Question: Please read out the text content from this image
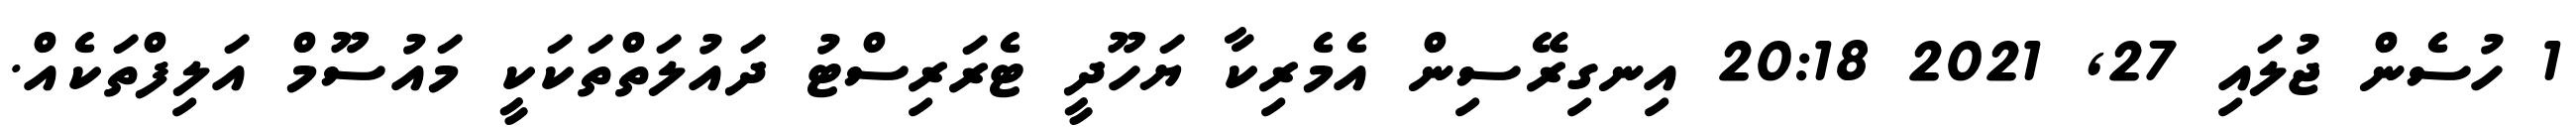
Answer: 1 ހުސެން ޖުލައި 27, 2021 20:18 އިނގިރޭސިން އެމެރިކާ ޔަހޫދީ ޓެރަރިސްޓު ދައުލަތްތަކަކީ މައުސޫމް އަލިފްތަކެއް.